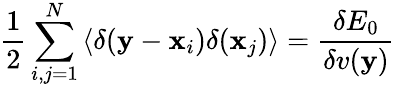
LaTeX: \frac 12\sum_{i,j=1}^{N}\left<\delta(\mathbf y-\mathbf x_{i})\delta(\mathbf x_{j})\right>=\frac{\delta E_{0}}{\delta v(\mathbf y)}